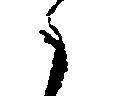
候